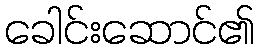
ခေါင်းဆောင်၏